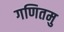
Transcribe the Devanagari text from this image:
गणितमु